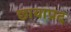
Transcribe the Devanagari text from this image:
छायाप्रद